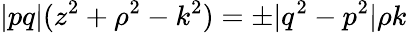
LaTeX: \vert pq\vert(z^{2}+\rho^{2}-k^{2})=\pm\vert q^{2}-p^{2}\vert\rho k